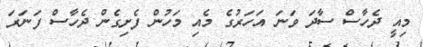
މިއީ ދެހާސް ސާދަ ވަނަ އަހަރުގެ މެއި މަހުން ފެށިގެން ދެހާސް ފަނަރަ